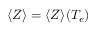
\langle Z \rangle = \langle Z \rangle ( T _ { e } )